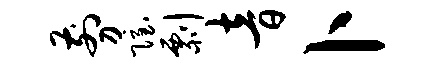
剪隐剽音卜